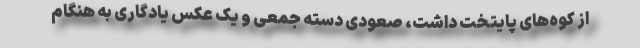
از کوه‌های پایتخت داشت، صعودی دسته جمعی و یک عکس یادگاری به هنگام